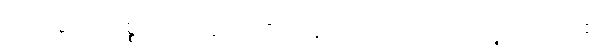
ထိုပြုဖွယ်ကိစ္စကို။ ကရောဟိ၊ ပြုလော။ ဣတိ၊ ဤသို့။ (အဝေါစ၊